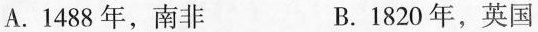
A.1488 年，南非 B.1820年，英国